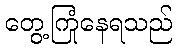
တွေ့ကြုံနေရသည်